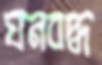
ঘনবদ্ধ